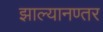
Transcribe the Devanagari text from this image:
झाल्यानण्तर